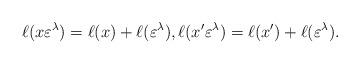
LaTeX: \begin{align*}\ell(x\varepsilon^\lambda) = \ell(x) + \ell(\varepsilon^\lambda),\ell(x'\varepsilon^\lambda) = \ell(x') + \ell(\varepsilon^\lambda).\end{align*}